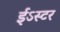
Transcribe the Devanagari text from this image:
ईऽस्टर